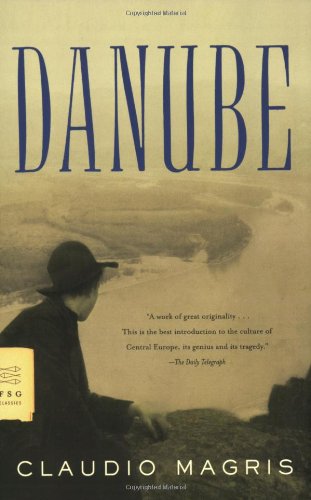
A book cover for Danube: A Sentimental Journey from the Source to the Black Sea (FSG Classics); Claudio Magris; History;